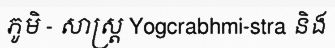
ភូមិ - សាស្ត្រ Yogcrabhmi-stra និង